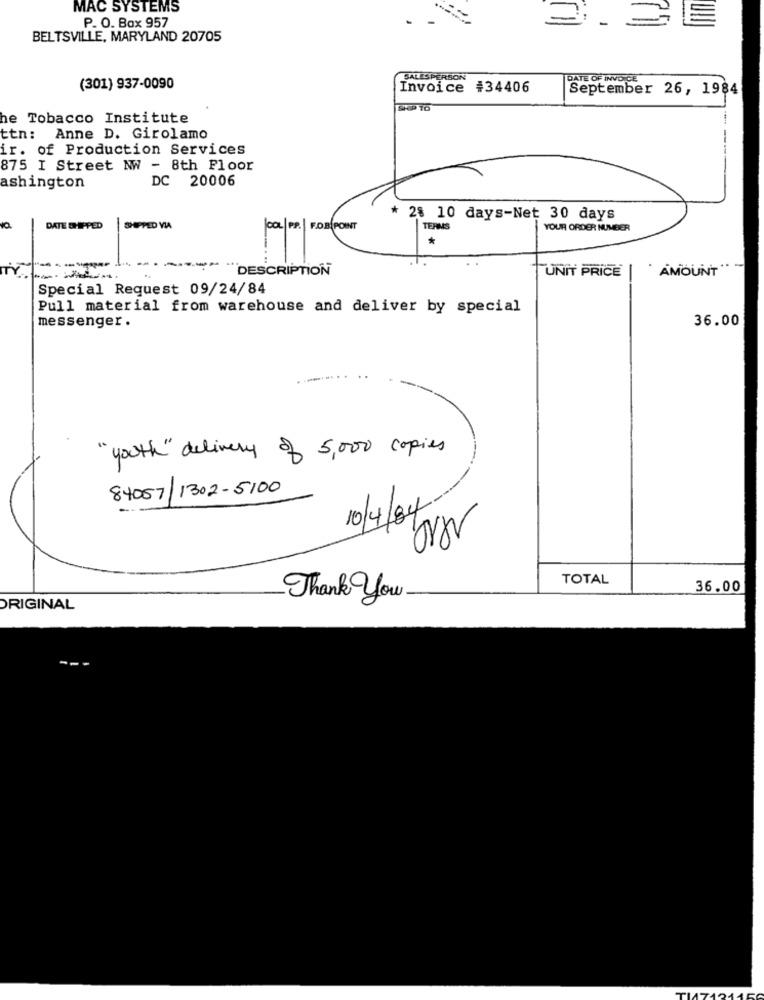
MAC SYSTEMS
P. O. Box 957
E
BELTSVILLE, MARYLAND 20705
SALESPERSON
DATE OF INVOICE
(301) 937-0090
Invoice #34406
September 26, 1984
SHOP TO
he Tobacco Institute
ttn: Anne D. Girolamo
-
ir. of Production Services
875 I Street NW - 8th Floor
DC 20006
ashington
* 28 10 days-Net 30 days
DATE SHIPPED
SHIPPED VIA
COL|PP. | FOR POINT
TERMS
YOUR ORDER NUMBER
*
-------
DESCRIPTION
UNIT PRICE
AMOUNT"
Special Request 09/24/84
Pull material from warehouse and deliver by special
36.00
messenger.
" youth " delivery of 5,000 copies
84057/1302-5100
10/4/84 --
TOTAL
36.00
Thank you.
ORIGINAL